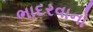
ભાદરવાનો